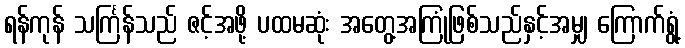
ရန်ကုန် သင်္ကြန်သည် ဇင့်အဖို့ ပထမဆုံး အတွေ့အကြုံဖြစ်သည်နှင့်အမျှ ကြောက်ရွံ့